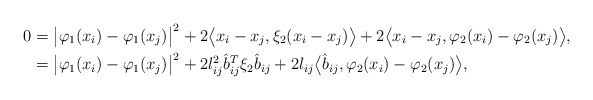
\begin{align*}0&=\big|\varphi_1(x_i) - \varphi_1(x_j)\big|^2 + 2\big\langle x_i - x_j, \xi_2 (x_i - x_j)\big\rangle + 2\big\langle x_i - x_j, \varphi_2(x_i) - \varphi_2(x_j)\big\rangle, \\&= \big|\varphi_1(x_i) - \varphi_1(x_j)\big|^2 + 2l_{ij}^2 \hat{b}_{ij}^T\xi_2 \hat{b}_{ij} + 2 l_{ij} \big\langle \hat{b}_{ij}, \varphi_2(x_i) - \varphi_2(x_j)\big\rangle, \end{align*}